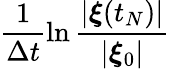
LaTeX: \frac{1}{\Delta t}\ln\frac{|{\boldsymbol\xi}(t_{N})|}{|{\boldsymbol\xi}_{0}|}